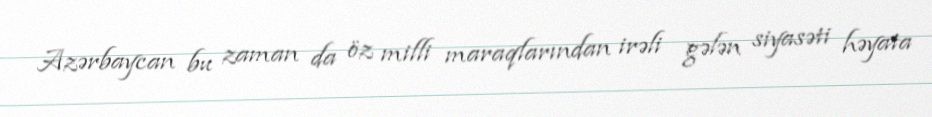
Azərbaycan bu zaman da öz milli maraqlarından irəli gələn siyasəti həyata